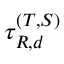
\tau _ { R , d } ^ { ( T , S ) }